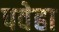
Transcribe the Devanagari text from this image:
पवेहा